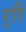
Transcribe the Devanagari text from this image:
र्‍ाि